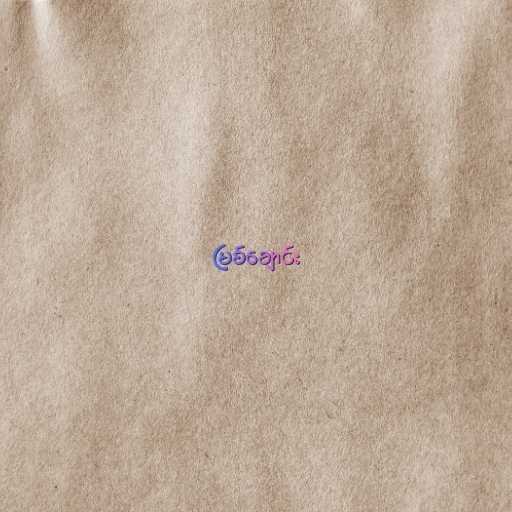
မြစ်ချောင်း